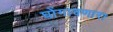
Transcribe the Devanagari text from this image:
घोंगावणारा